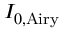
I _ { 0 , \mathrm { A i r y } }